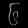
Digit: ၆